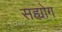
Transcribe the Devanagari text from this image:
सह्योग